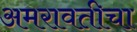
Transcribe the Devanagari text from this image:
अमरावतीचा